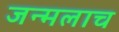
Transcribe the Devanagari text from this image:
जन्मलाच